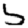
Digit: 5